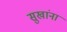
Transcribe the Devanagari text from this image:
सुखांना